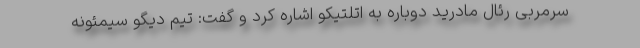
سرمربی رئال مادرید دوباره به اتلتیکو اشاره کرد و گفت: تیم دیگو سیمئونه